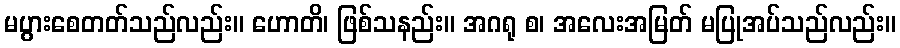
မပွားစေတတ်သည်လည်း။ ဟောတိ၊ ဖြစ်သနည်း။ အဂရု စ၊ အလေးအမြတ် မပြုအပ်သည်လည်း။